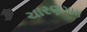
ચારણગામ